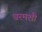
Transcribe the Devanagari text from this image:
धरमशी